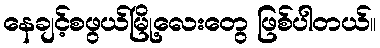
နေချင့်စဖွယ်မြို့လေးတွေ ဖြစ်ပါတယ်။